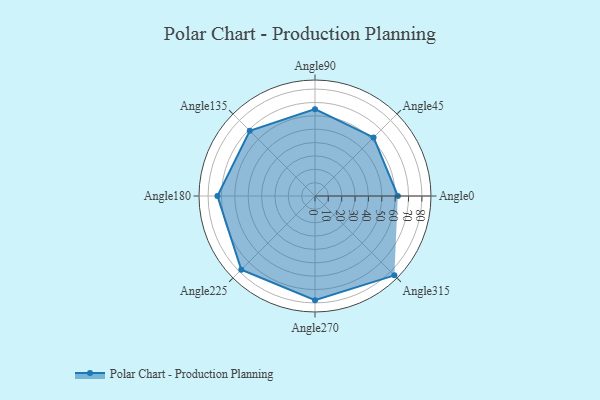
{"axis": {"x": "Angle", "y": "Radius"}, "legend": [""], "data": [{"x": "Angle0", "y": 62.0, "type": ""}, {"x": "Angle45", "y": 62.0, "type": ""}, {"x": "Angle90", "y": 65.0, "type": ""}, {"x": "Angle135", "y": 69.0, "type": ""}, {"x": "Angle180", "y": 73.0, "type": ""}, {"x": "Angle225", "y": 78.0, "type": ""}, {"x": "Angle270", "y": 78.0, "type": ""}, {"x": "Angle315", "y": 84.0, "type": ""}]}